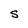
Character: S